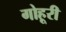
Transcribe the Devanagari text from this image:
गोहूरी